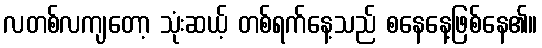
လတစ်လကျတော့ သုံးဆယ့် တစ်ရက်နေ့သည် စနေနေ့ဖြစ်နေ၏။